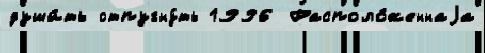
души́ть отпугну́ть 1996 Располо́женнаjа